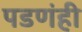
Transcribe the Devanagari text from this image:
पडणंही